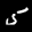
Label: 5